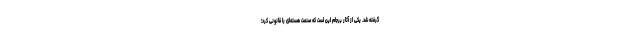
گرفته شد. یکی از آثار برجام این است که صنعت هسته‌ای را قانونی کرد؛